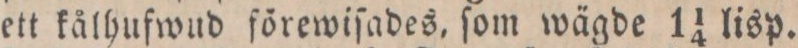
ett kålhufwud förewiſades, ſom wägde 1¼ lisp.